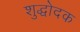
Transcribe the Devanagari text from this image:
शुद्धोदक